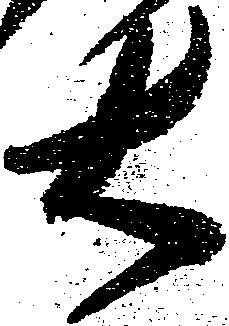
右